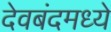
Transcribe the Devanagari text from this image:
देवबंदमध्ये